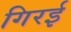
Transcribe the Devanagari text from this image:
गिरई